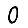
Digit: 0